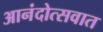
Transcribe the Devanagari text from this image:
आनंदोत्सवात